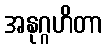
အနုဂ္ဂဟိတာ